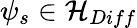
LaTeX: \psi_{s}\in{\mathcal{H}}_{Diff}